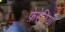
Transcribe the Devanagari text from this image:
फ़ेरेनिया